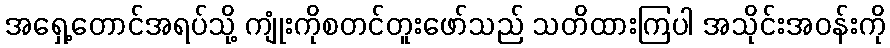
အရှေ့တောင်အရပ်သို့ ကျုံးကိုစတင်တူးဖော်သည် သတိထားကြပါ အသိုင်းအဝန်းကို